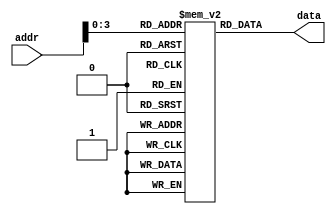
module clock_bootstrap_rom(input [15:0] addr, output [47:0] data);

   reg [47:0] rom [0:15];
   
   //initial
   //  $readmemh("bootrom.mem", rom);

   assign     data = rom[addr];

   initial 
     begin
	//  First 16 bits are address, last 32 are data
	//  First 4 bits of address select which slave
	rom[0] = 48'h0000_0C00_0F03;  //  Both clk sel choose ext ref (0), both are enabled (1), turn off SERDES, ADCs, turn on leds
	rom[1] = 48'h1014_0000_0000;  //  SPI: Set Divider to div by 2
	rom[2] = 48'h1018_0000_0001;  //  SPI: Choose AD9510
	rom[3] = 48'h1010_0000_3418;  //  SPI: Auto-slave select, interrupt when done, TX_NEG, 24-bit word
	rom[4] = 48'h1000_0000_0010;  //  SPI: AD9510 A:0 D:10  Set up AD9510 SPI
	rom[5] = 48'h1010_0000_3518;  //  SPI: SEND IT Auto-slave select, interrupt when done, TX_NEG, 24-bit word
	rom[6] = 48'hffff_ffff_ffff;  // terminate
	rom[7] = 48'hffff_ffff_ffff;  // terminate
	rom[8] = 48'hffff_ffff_ffff;  // terminate
	rom[9] = 48'hffff_ffff_ffff;  // terminate
	rom[10] = 48'hffff_ffff_ffff;  // terminate
	rom[11] = 48'hffff_ffff_ffff;  // terminate
	rom[12] = 48'hffff_ffff_ffff;  // terminate
	rom[13] = 48'hffff_ffff_ffff;  // terminate
	rom[14] = 48'hffff_ffff_ffff;  // terminate
	rom[15] = 48'hffff_ffff_ffff;  // terminate
     end // initial begin
   
endmodule